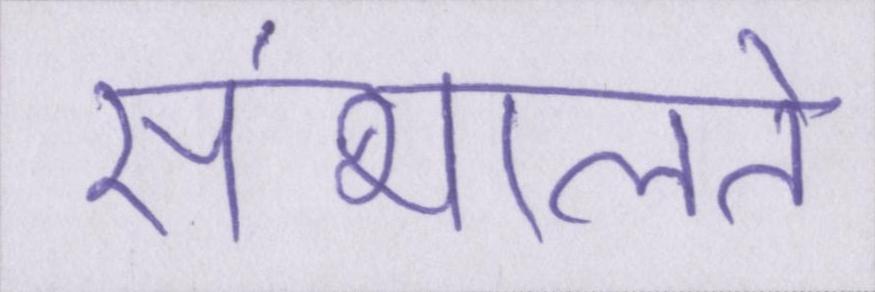
संभालते